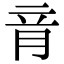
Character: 𦚏